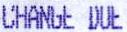
CHANGE DUE